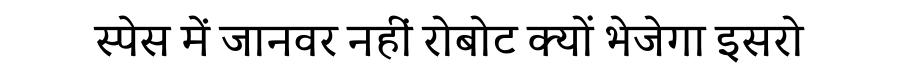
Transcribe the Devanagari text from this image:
स्पेस में जानवर नहीं रोबोट क्यों भेजेगा इसरो